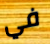
في